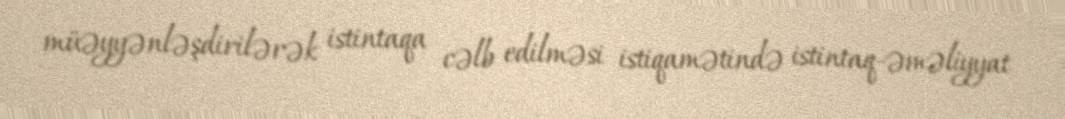
müəyyənləşdirilərək istintaqa cəlb edilməsi istiqamətində istintaq-əməliyyat